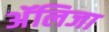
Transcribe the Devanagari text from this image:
अॅलिजा